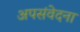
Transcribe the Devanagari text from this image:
अपसंवेदना